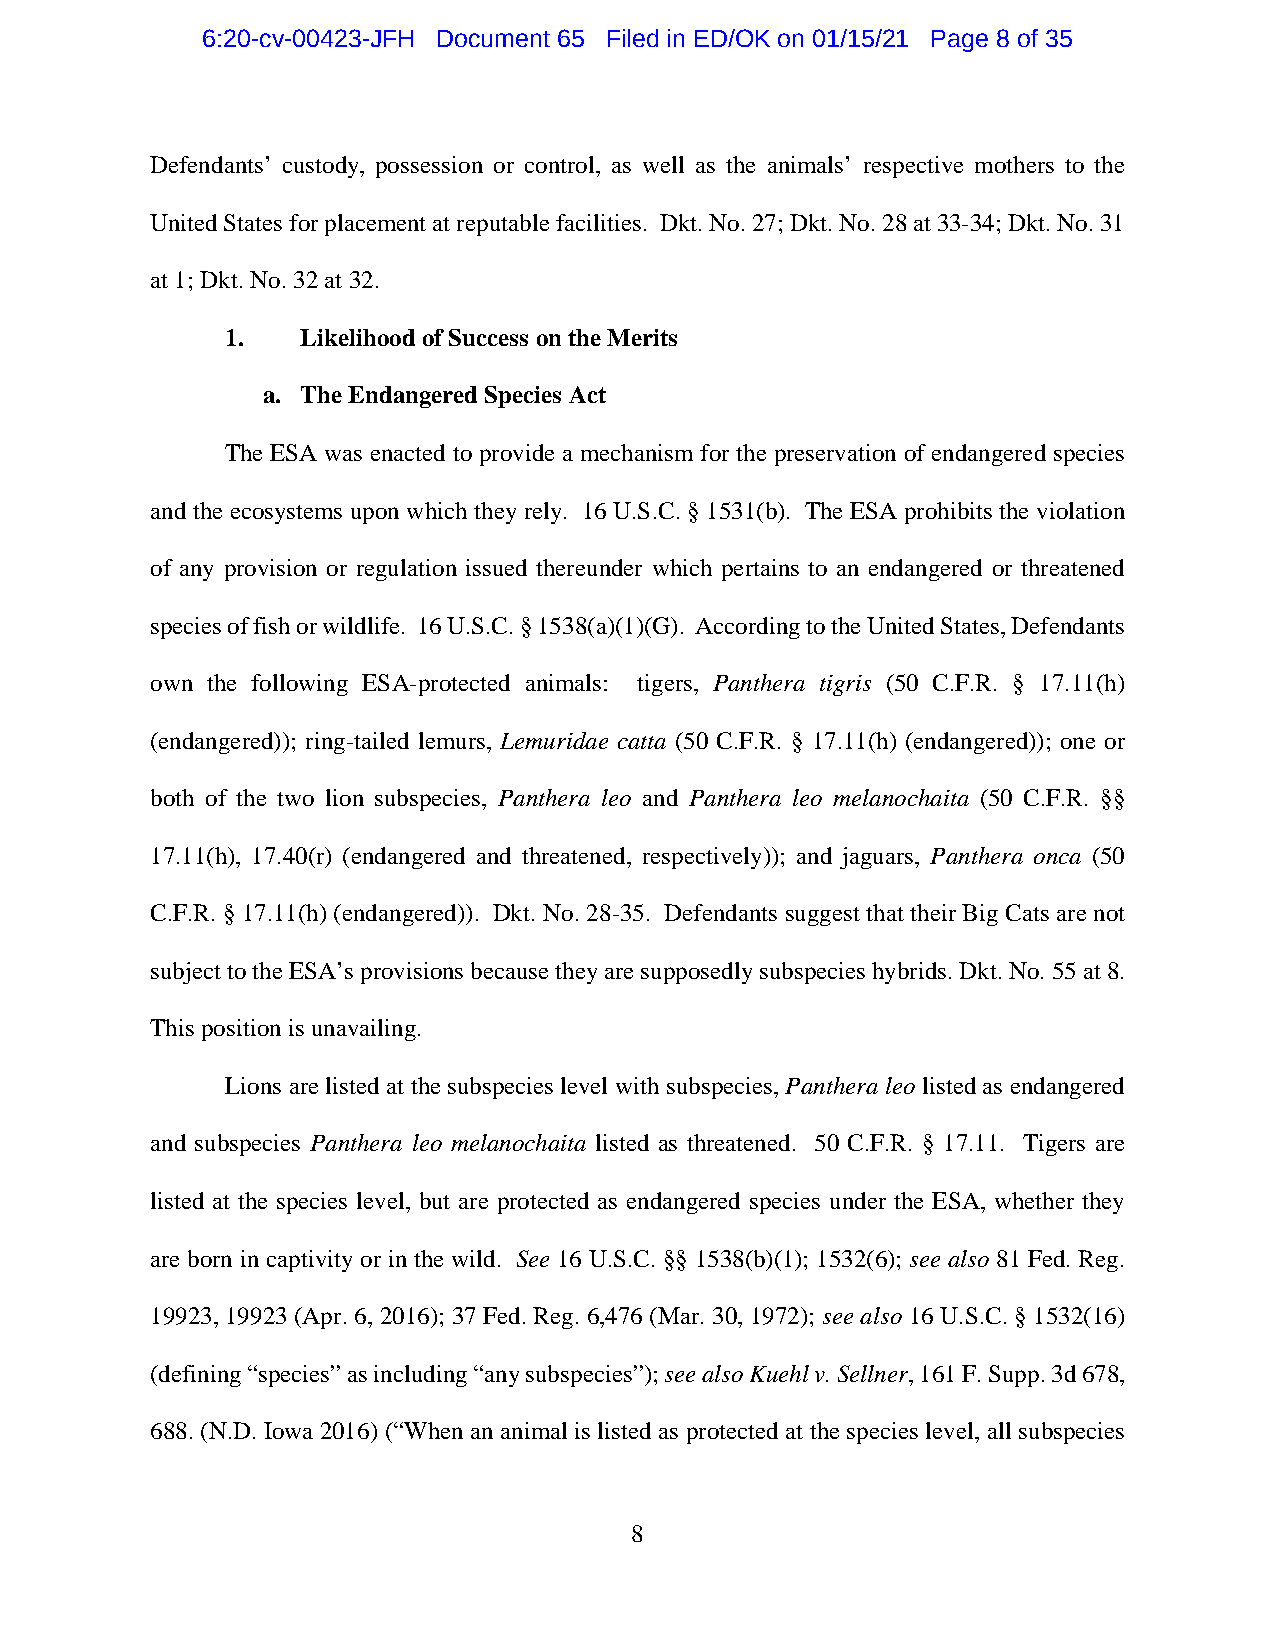
6:20-cv-00423-JFH Document 65 Filed in ED/OK on 01/15/21 Page 8 of 35
 Defendants’ custody, possession or control, as well as the animals’ respective mothers to the
 United States for placement at reputable facilities. Dkt. No. 27; Dkt. No. 28 at 33-34; Dkt. No. 31
 at 1; Dkt. No. 32 at 32.
 1.   Likelihood of Success on the Merits
 a. The Endangered Species Act
 The ESA was enacted to provide a mechanism for the preservation of endangered species
 and the ecosystems upon which they rely. 16 U.S.C. § 1531(b). The ESA prohibits the violation
 of any provision or regulation issued thereunder which pertains to an endangered or threatened
 species of fish or wildlife. 16 U.S.C. § 1538(a)(1)(G). According to the United States, Defendants
 own the following ESA-protected animals: tigers, Panthera tigris (50 C.F.R. § 17.11(h)
 (endangered)); ring-tailed lemurs, Lemuridae catta (50 C.F.R. § 17.11(h) (endangered)); one or
 both of the two lion subspecies, Panthera leo and Panthera leo melanochaita (50 C.F.R. §§
 17.11(h), 17.40(r) (endangered and threatened, respectively)); and jaguars, Panthera onca (50
 C.F.R. § 17.11(h) (endangered)). Dkt. No. 28-35. Defendants suggest that their Big Cats are not
 subject to the ESA’s provisions because they are supposedly subspecies hybrids. Dkt. No. 55 at 8.
 This position is unavailing.
 Lions are listed at the subspecies level with subspecies, Panthera leo listed as endangered
 and subspecies Panthera leo melanochaita listed as threatened. 50 C.F.R. § 17.11. Tigers are
 listed at the species level, but are protected as endangered species under the ESA, whether they
 are born in captivity or in the wild. See 16 U.S.C. §§ 1538(b)(1); 1532(6); see also 81 Fed. Reg.
 19923, 19923 (Apr. 6, 2016); 37 Fed. Reg. 6,476 (Mar. 30, 1972); see also 16 U.S.C. § 1532(16)
 (defining “species” as including “any subspecies”); see also Kuehl v. Sellner, 161 F. Supp. 3d 678,
 688. (N.D. Iowa 2016) (“When an animal is listed as protected at the species level, all subspecies
 8